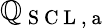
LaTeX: \mathbb{Q}_{\mathrm{{~S~C~L~,~a~}}}